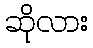
ဆိုလား